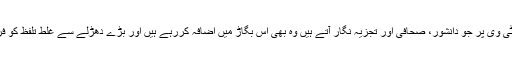
بڑا سقم یہ ہے کہ ٹی وی پر جو دانشور، صحافی اور تجزیہ نگار آتے ہیں وہ بھی اس بگاڑ میں اضافہ کررہے ہیں اور بڑے دھڑلے سے غلط تلفظ کو فروغ دے رہے ہیں۔